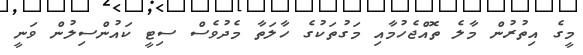
މީގެ އިތުރުން މާލެ ތޮއްޖެހުމާއި މަގުތަކުގެ ހާލަތާ މެދުވެސް ސިޓީ ކައުންސިލުން ވަނީ